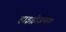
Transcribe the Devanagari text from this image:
हाइड्रोजनक